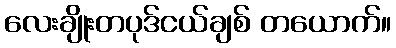
လေးချိုးတပုဒ်ငယ်ချစ် တယောက်။